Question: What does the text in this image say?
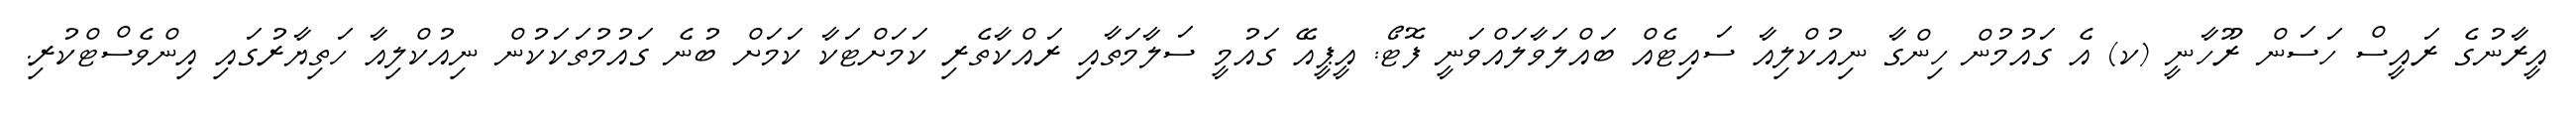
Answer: އީރާނުގެ ރައީސް ހަސަން ރޫހާނީ (ކ) އެ ގައުމުން ހިންގާ ނިއުކްލިއާ ސައިޓެއް ބައްލަވާލައްވަނީ ފޮޓޯ: އީޕީއޭ ގައުމީ ސަލާމަތާއި ރައްކާތެރި ކަމަށްޓަކާ ކަމަށް ބުނެ ގައުމުތަކަކުން ނިއުކްލިއާ ހަތިޔާރުގައި އިންވެސްޓްކުރި.